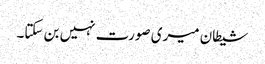
شیطان میری صورت نہیں بن سکتا۔